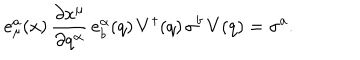
e _ { \mu } ^ { a } ( x ) \, \frac { \partial x ^ { \mu } } { \partial q ^ { \alpha } } \, e _ { b } ^ { \alpha } ( q ) \, V ^ { \dagger } ( q ) \, \sigma ^ { b } \, V ( q ) = \sigma ^ { a } .